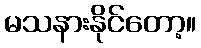
မသနားနိုင်တော့။